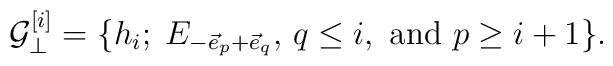
{\cal G}_{\bot}^{[i]}  =\{ h_i; \; E_{-\vec e_p+\vec e_q},\, q\leq i,\mbox{ and } p\geq i+1 \}.